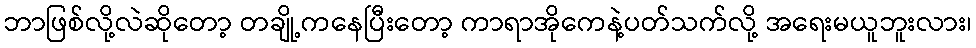
ဘာဖြစ်လို့လဲဆိုတော့ တချို့ကနေပြီးတော့ ကာရာအိုကေနဲ့ပတ်သက်လို့ အရေးမယူဘူးလား၊